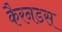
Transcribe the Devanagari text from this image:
कैरनडस